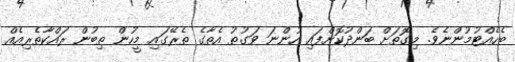
ބެހެއްޓުމުންނެވެ. މިގޮތަށް ބަންދުކޮށްފައި ހުންނަ ވަގުތު އެތާގެ ތެރޭގައި މީހުން ތިބުން ރައްކާތެރިއެއް